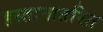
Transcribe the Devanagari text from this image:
हस्तानातरित